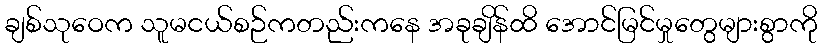
ချစ်သုဝေက သူမငယ်စဉ်ကတည်းကနေ အခုချိန်ထိ အောင်မြင်မှုတွေများစွာကို